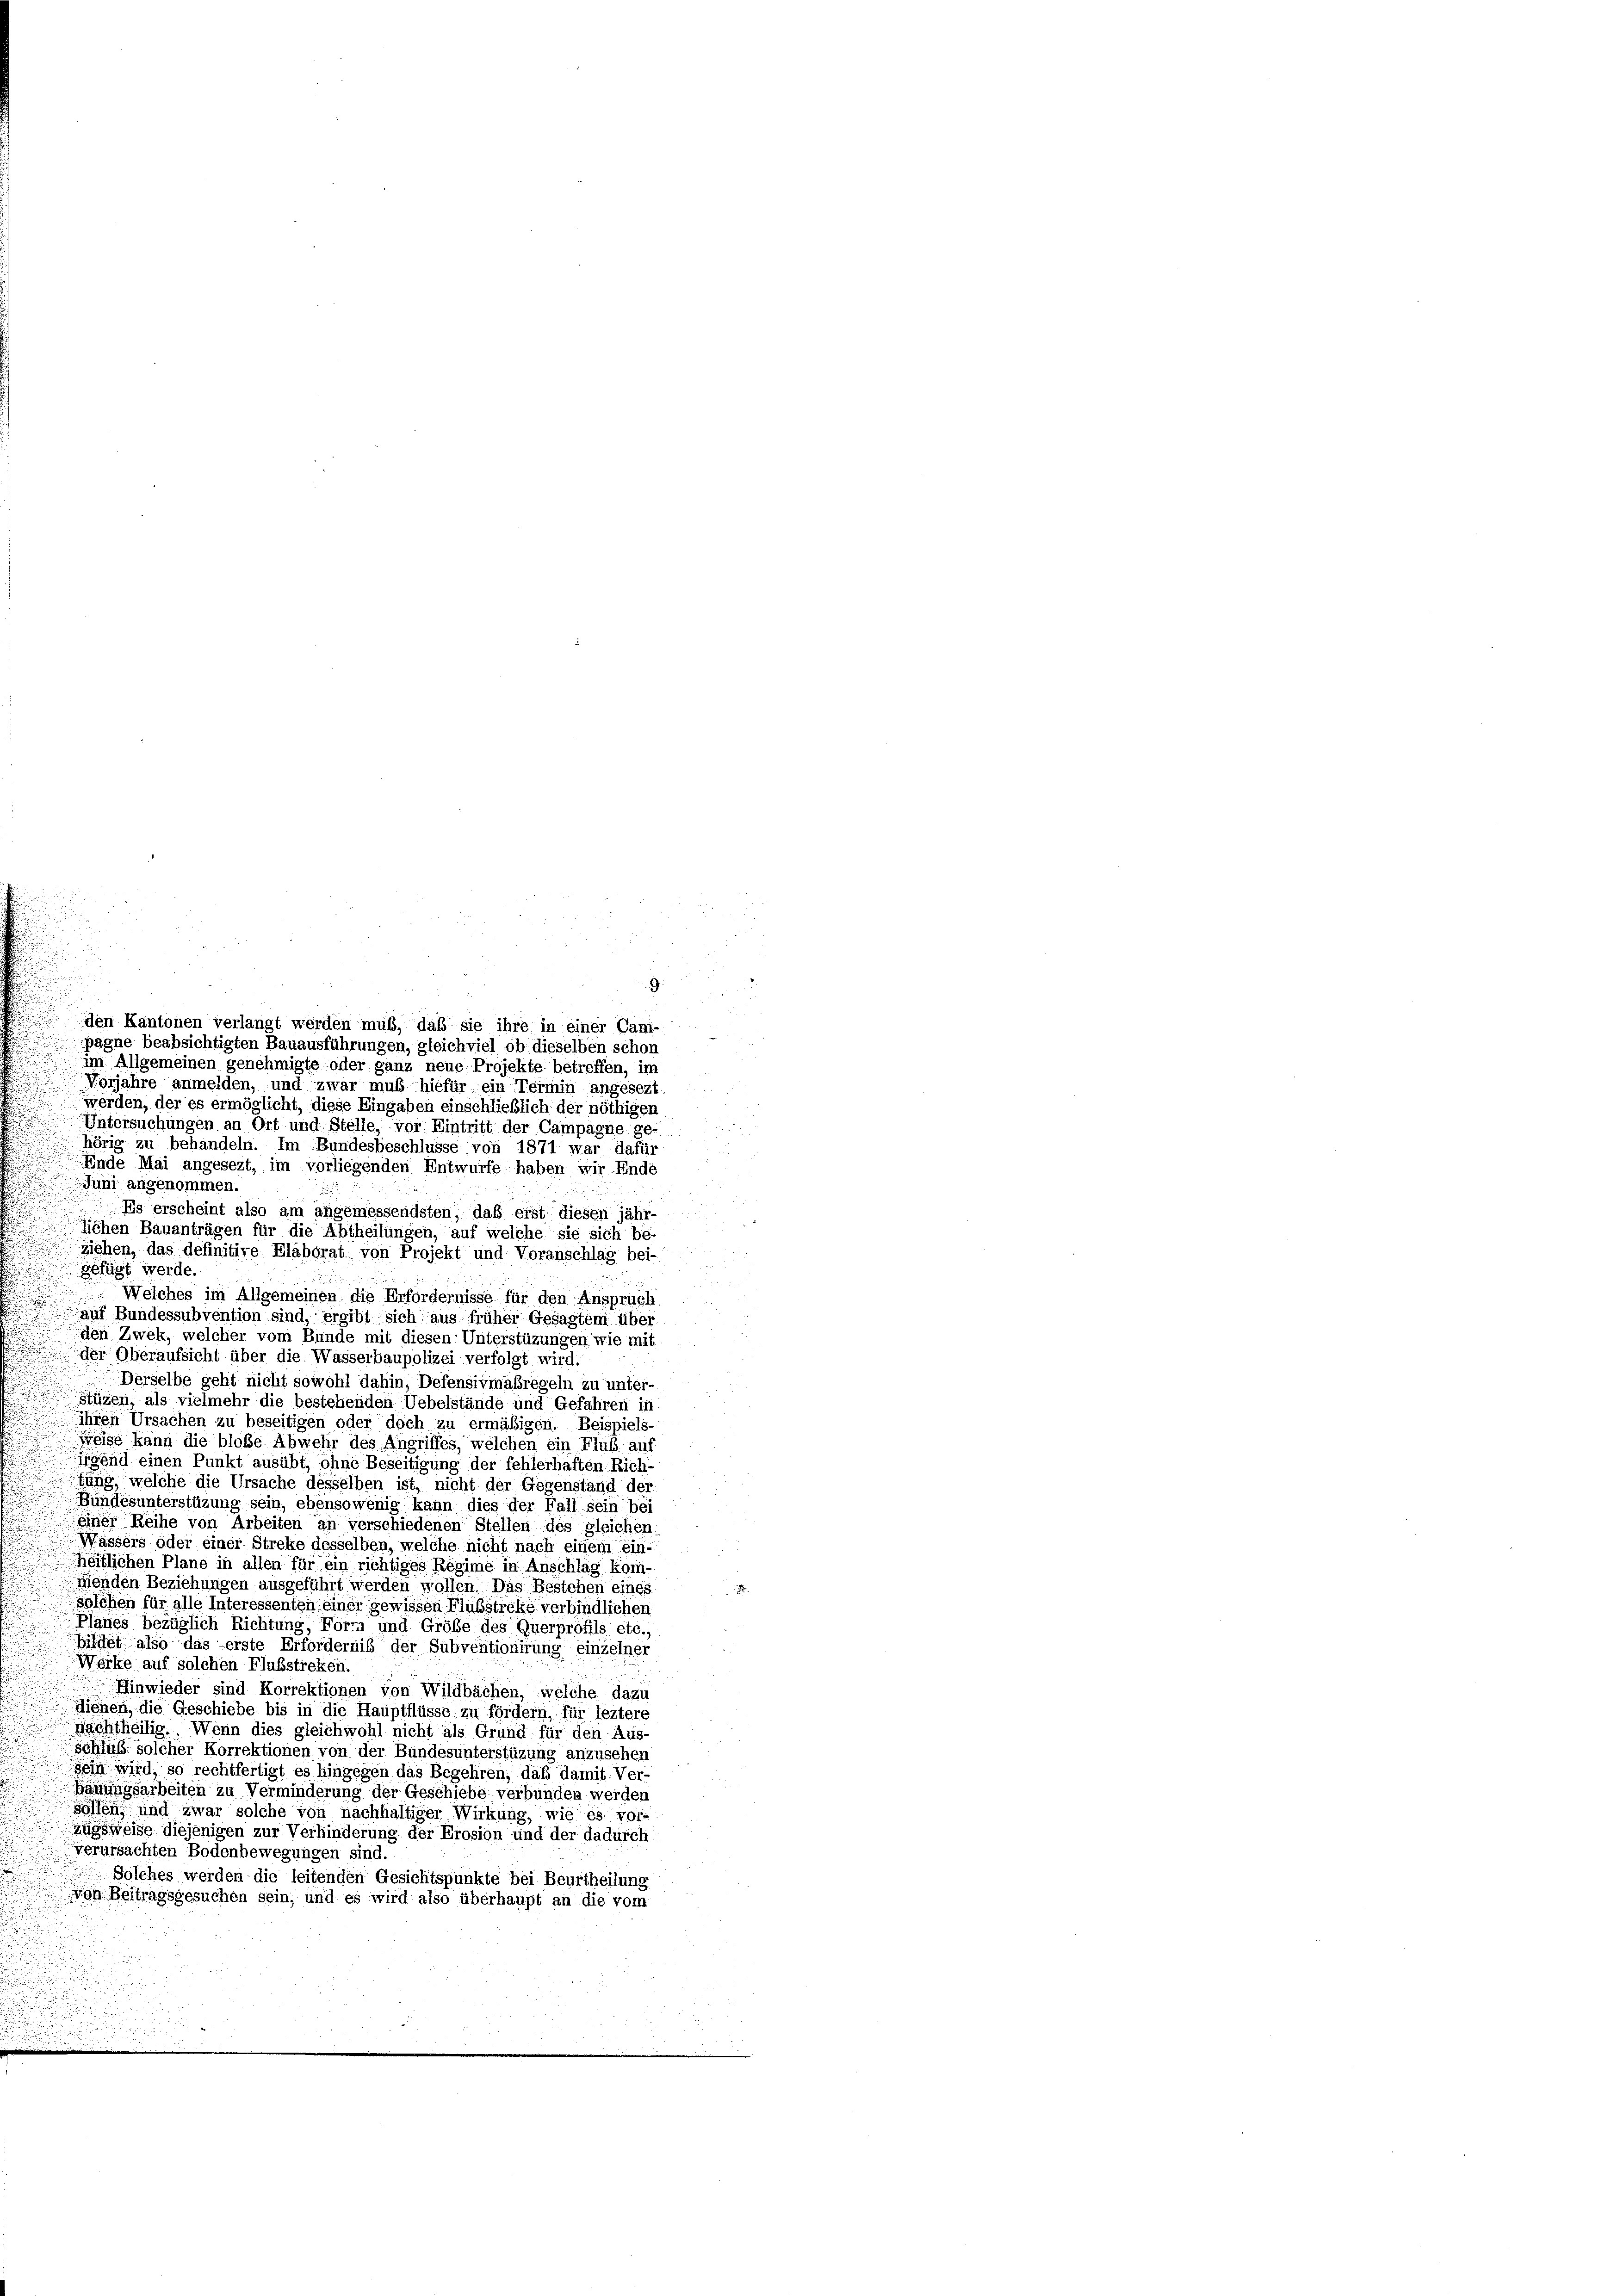
.
den Kantonen verlangt werden muß, daß sie ihre in einer Cam-
pagne beabsichtigten Bauausführungen, gleichviel ob dieselben schon
im Allgemeinen genehmigte oder ganz neue Projekte betreffen, im
Vorjahre anmelden, und zwar muß hiefür ein Termin angesezt
werden, der es ermöglicht, diese Eingaben einschließlich der nöthigen
Untersuchungen an Ort und Stelle, vor Eintritt der Campagne ge-
hörig zu behandeln. Im Bundesbeschlüsse von 1871 war dafür
Ende Mai angesezt, im vorliegenden Entwurfe haben wir Ende
Juni angenommen.
Es erscheint also am angemessendsten, daß erst diesen jähr-
n
sichen Bauanträgen für die Abtheilungen, auf welche sie sich be-
ziehen, das definitive Elaborat von Projekt und Voranschlag bei-
d
gefügt werde.
Welches im Allgemeinen die Erfordernisse für den Anspruch
auf Bundessubvention sind, ergibt sich aus früher Gesagtem über
n
n
den Zwek, welcher vom Bunde mit diesen: Unterstüzungen wie mit
der Oberaufsicht über die Wasserbaupolizei verfolgt wird.
Derselbe geht nicht sowohl dahin, Defensivmaßregeln zu unter-
stüzen, als vielmehr die bestehenden Uebelstände und Gefahren in
ihren Ursachen zu beseitigen oder doch zu ermäßigen. Beispiels-
Weise kann die bloße Abwehr des Angriffes, welchen ein Flub auf
irgend einen Punkt ausübt, ohne Beseitigung der fehlerhaften Rich-
fung, welche die Ursache desselben ist, nicht der Gegenstand der
Bundesunterstüzung sein, ebensowenig kann dies der Fall sein be
einer Reihe von Arbeiten an verschiedenen Stellen des gleichen.
Wassers oder einer Streke desselben, welche nicht nach einem ein-
heitlichen Plane in allen für ein richtiges Regime in Anschlag kom
menden Beziehungen ausgeführt werden wollen. Das Bestehen eines
solchen für alle Interessenten einer gewissen Flußstreke verbindlichen
Planes bezüglich Richtung, Form und Größe des Querprofils etc.,
hildet also das erste Erforderniß der Subventionirung einzelner
Werke auf solchen Flußstreken.
Einwieder sind Korrektionen von Wildbachen, welche dazu
dienen, die Geschiebe bis in die Hauptflüsse zu fördern, für leztere
Nachtheilig. Wenn dies gleichwohl nicht als Grund für den Aus-
schluß solcher Korrektionen von der Bundesunterstüzung anzusehen
n
sein wird, so rechtfertigt es hingegen das Begehren, daß damit. Ver-
Bauungsarbeiten zu Verminderung der Geschiebe verbunden werden
sollen, und zwar solche von nachhaltiger Wirkung, wie es vor-
zugsweise diejenigen zur Verhinderung der Erosion und der dadurch
verursachten Bodenbewegungen sind
Solches werden die leitenden Gesichtspunkte bei Beurtheilung
voh Beitragsgesuchen sein, und es wird also überhaupt an die vom

u

d